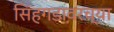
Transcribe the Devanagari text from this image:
सिंहगडावरच्या